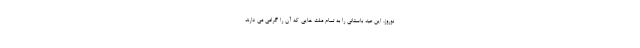
نوروز، این عید باستانی را به تمام ملت هایی که آن را گرامی می دارند